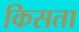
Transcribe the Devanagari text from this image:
किसता